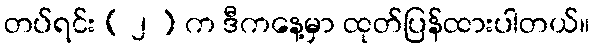
တပ်ရင်း ( ၂ ) က ဒီကနေ့မှာ ထုတ်ပြန်ထားပါတယ်။